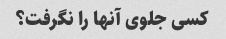
کسی جلوی آنها را نگرفت؟